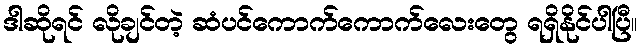
ဒါဆိုရင် လိုချင်တဲ့ ဆံပင်ကောက်ကောက်လေးတွေ ရရှိနိုင်ပါပြီ။